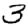
Digit: 3